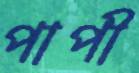
পাপী